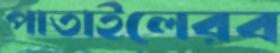
পাতাইলেরব